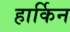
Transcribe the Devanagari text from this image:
हार्किन